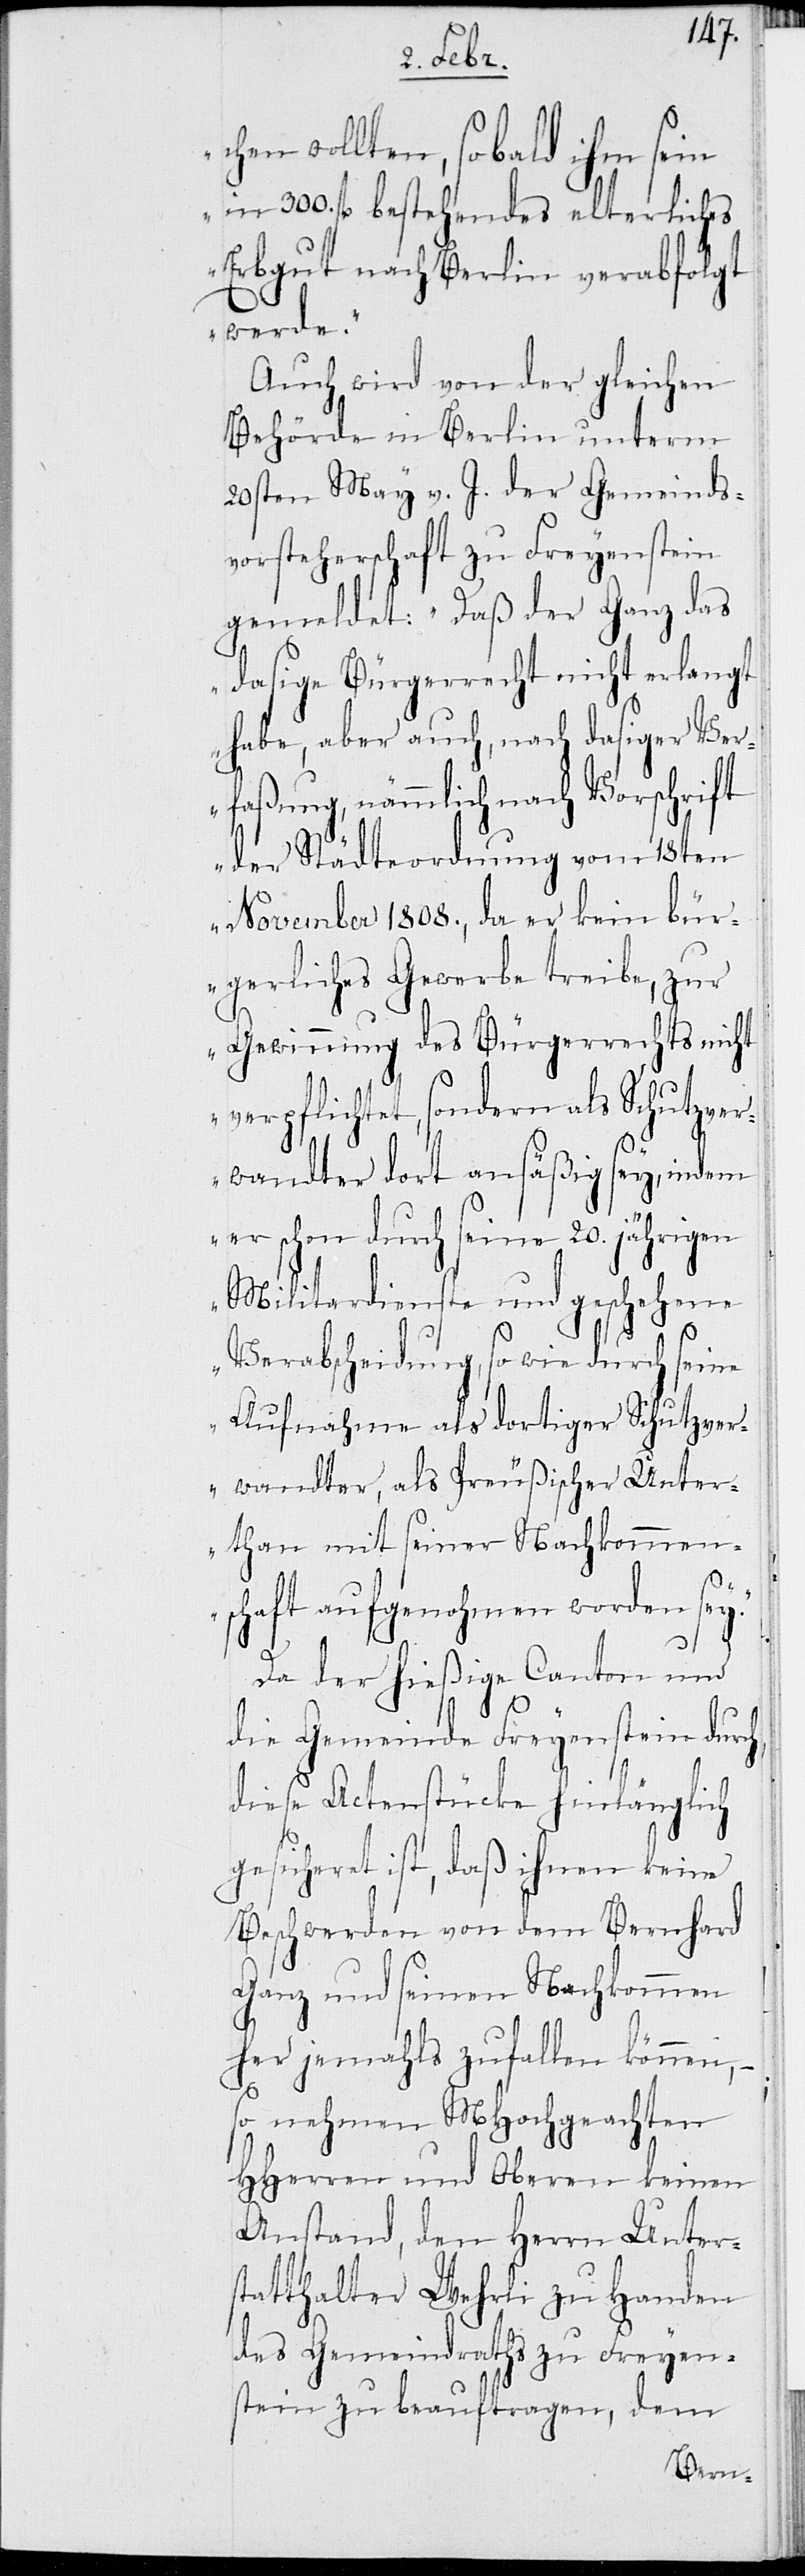
chen wollten, sobald ihm sein
in 300. fl bestehendes elterliches
Erbgut nach Berlin verabfolgt
werde.“
Auch wird von der gleichen
Behörde in Berlin unterm
20sten May v. J. der Gemeinds¬
vorsteherschaft zu Freyenstein
gemeldet: „Daß der Ganz das
dasige Bürgerrecht nicht erlangt
habe, aber auch, nach dasiger Ver¬
faßung, nämmlich nach Vorschrift
der Städteordnung vom 18ten
November 1808., da er kein bür¬
gerliches Gewerbe treibe, zur
Gewinnung des Bürgerrechts nicht
verpflichtet, sondern als Schutzver¬
y.“
wandter dort ansäßig sey, indem
er schon durch seine 20. jährigen
Militardienste und geschehene
Verabscheidung, so wie durch seine
Aufnahme als dortiger Schutzver¬
wandter, als Preußischer Unter¬
than mit seiner Nachkommen¬
schaft aufgenohmen worden se¬
Da der hießige Canton und
die Gemeinde Freyenstein durch
diese Actenstücke hinlänglich
gesicheret ist, daß ihnen keine
Beschwerden von dem Bernhard
Ganz und seinen Nachkommen
her jemahls zufallen können, –
so nehmen MHochgeachten
HHerren und Oberen keinen
Anstand, den Herrn Unter¬
statthalter Wehrli zu Handen
des Gemeindraths zu Freyen¬
stein zu beauftragen, dem